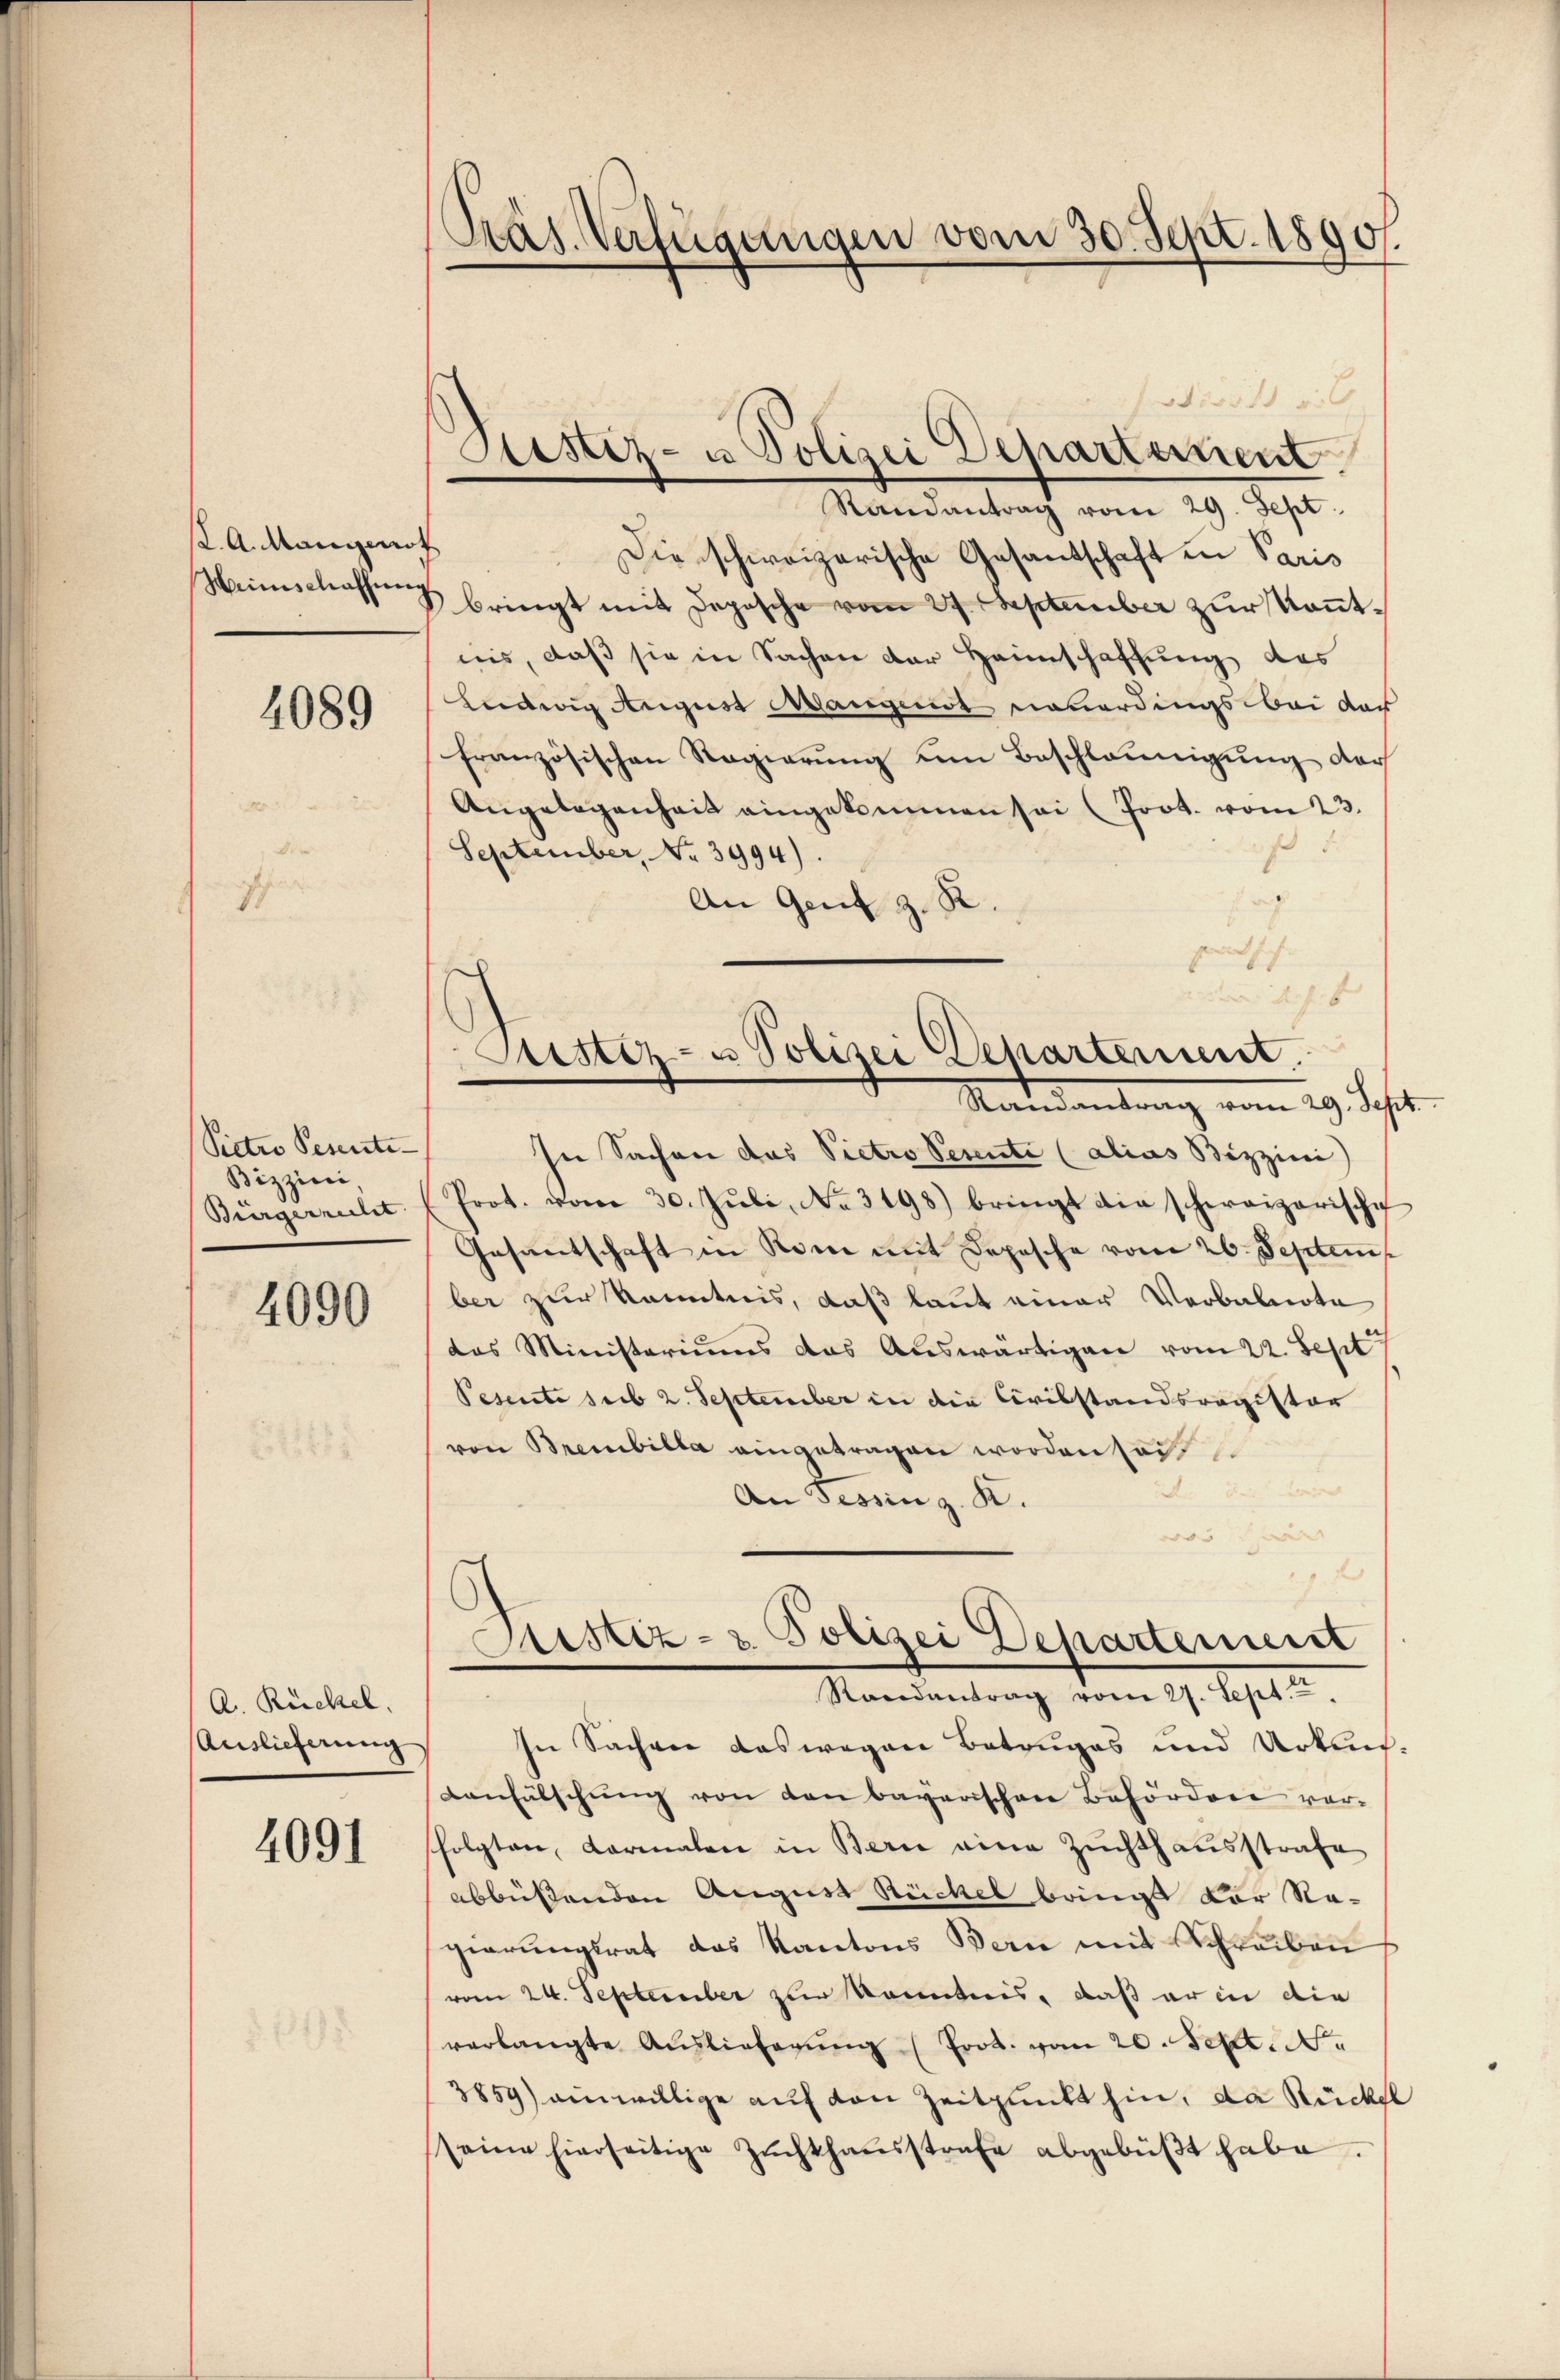
K. A. Mangenst

4089

Sietro Pesente
Bizzini
Bürgerrecht

4090

A. Rückel.
Auslieferung

4091

Präs. Verfügungen vom 30. Sept. 1890.

ish v.
Sistiz- u Polizei Departement.
Randantrag vom 29. Sept.

Die schweizerische Gesandschaft in Paris
Heimschasse & bringt mit Depesche vom 27. September zur Kenntnis, daß sie in Sachen der Heimschaffung des
Ludwig August Mangenst neuerdings bei das
französischen Regierŭng um Beschleunigung der
Angelegenheit eingekommen sei (Poot. vom 23.
s
September, No 3994).
An Gent z. R.
dheit
In Sachen das Pietro Sennte (alias Bizzini
Prot. vom 30. Jŭli, No. 3198) bringt die schweizerische
Gesantschaft in Rom mit Depesche vom 26. Septem
ber zur Kenntnis, daß laut einer Verbalierte
das Ministeriums das Auswärtigen vom 22. Sept
Pesente sub 2. September in die Civilstandsregister
von Brenbilla eingetragen worden sei.
An Tessing. K.
Sistiz- & Polizei Departement
Randantrag vom 27. Sept. 1
In Sachver das wegen Betruges und Urkun¬
Lanfälschung von den bayerischen Behördere vorsfolgten, Karmalen in Berne eine Zuchthausstrafe
abbüßenden August Rückel bringt vor Re-
gierŭngsrat das Kantons Bern mit Schreiben
vom 24. September zur Kenntnis, daß er in die
verlangte Aŭslieferŭng Prot. vom 20. Sept.
3859) einwillige auf von Zeitpunkt hin, da Rückel
seine hierseitige Zŭchthaŭsstrafe abgebüßt habe.

set sich
Justiz- u Polizei Departement.
Randantrag vom 29. Jahr